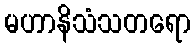
မဟာနိသံသတရော